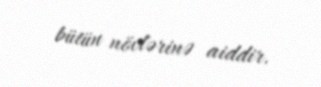
bütün növlərinə aiddir.